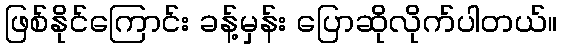
ဖြစ်နိုင်ကြောင်း ခန့်မှန်း ပြောဆိုလိုက်ပါတယ်။